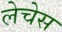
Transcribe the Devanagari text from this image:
लेचेस